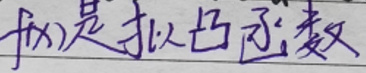
$f(x)$是拟凸函数